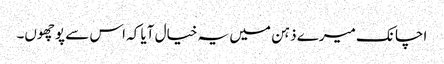
اچانک میرے ذہن میں یہ خیال آیا کہ اس سے پوچھوں۔